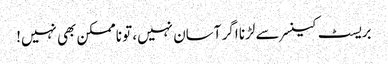
بریسٹ کینسر سے لڑنا اگر آسان نہیں، تو ناممکن بھی نہیں!